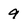
Character: 9